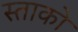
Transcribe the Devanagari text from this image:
स्ताको